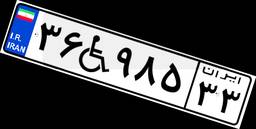
۳۹W۱۸۷۷۷